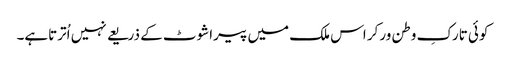
کوئی تارکِ وطن ورکر اس ملک میں پیراشوٹ کے ذریعے نہیں اُترتاہے۔